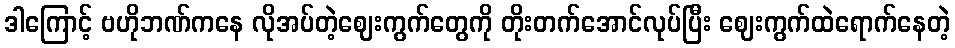
ဒါကြောင့် ဗဟိုဘဏ်ကနေ လိုအပ်တဲ့ဈေးကွက်တွေကို တိုးတက်အောင်လုပ်ပြီး ဈေးကွက်ထဲရောက်နေတဲ့